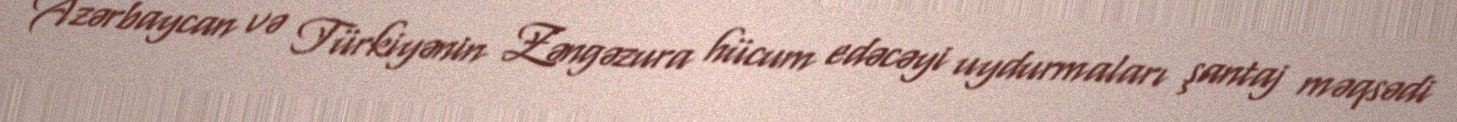
Azərbaycan və Türkiyənin Zəngəzura hücum edəcəyi uydurmaları şantaj məqsədi